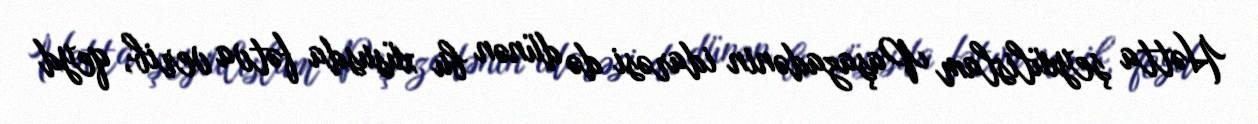
Hətta şeyxülislam Paşazadənin idarəsi də dünən bu xüsusda fətva verib, qeyd